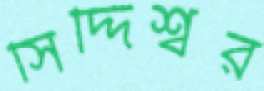
সিদ্দিশ্বর